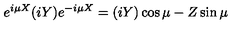
e ^ { i \mu X } ( i Y ) e ^ { - i \mu X } = ( i Y ) \cos \mu - Z \sin \mu